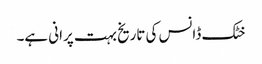
خٹک ڈانس کی تاریخ بہت پرانی ہے۔